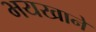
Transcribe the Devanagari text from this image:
भयखाने